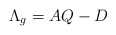
\begin{align*} \Lambda_{g} = AQ-D \end{align*}